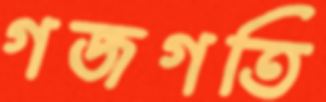
গজগতি